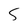
Character: S